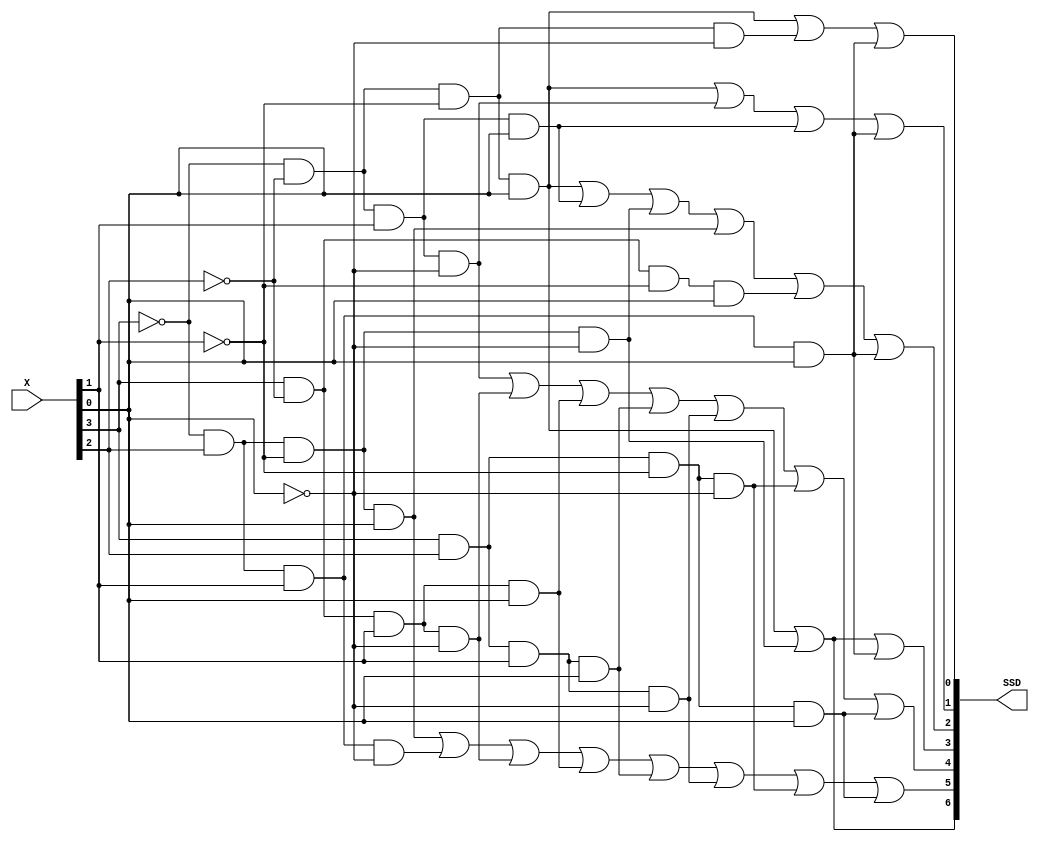
module b2d_7seg (X,SSD);
input [3:0] X;
output [0:6] SSD;
assign SSD[0] = ((~X[3] & ~X[2] & ~X[1] & X[0]) | (~X[3] & X[2] & ~X[1] & ~X[0]));
assign SSD[1] = ((~X[3] & X[2] & ~X[1] & X[0]) | (~X[3] & X[2] & X[1] & ~X[0]) | (X[3] & ~X[2] & X[1] & ~X[0]) | (X[3] & ~X[2] & X[1] & X[0]) | (X[3] & X[2] & X[1] & X[0]) | (X[3] & X[2] & X[1] & ~X[0]) | (X[3] & X[2] & ~X[1] & ~X[0]) | (X[3] & X[2] & ~X[1] & X[0]));
assign SSD[2] = ((~X[3] & ~X[2] & X[1] & ~X[0]) | (X[3] & ~X[2] & X[1] & ~X[0]) | (X[3] & ~X[2] & X[1] & X[0]) | (X[3] & X[2] & X[1] & X[0]) | (X[3] & X[2] & X[1] & ~X[0]) | (X[3] & X[2] & ~X[1] & ~X[0]) | (X[3] & X[2] & ~X[1] & X[0]));
assign SSD[3] = ((~X[3] & ~X[2] & ~X[1] & X[0]) | (~X[3] & X[2] & ~X[1] & ~X[0]) | (~X[3] & X[2] & X[1] & X[0]));
assign SSD[4] = ((~X[3] & ~X[2] & ~X[1] & X[0]) | (~X[3] & ~X[2] & X[1] & X[0]) | (~X[3] & X[2] & ~X[1] & ~X[0]) | (~X[3] & X[2] & ~X[1] & X[0]) | (X[3] & ~X[2] & ~X[1] & X[0]) | (~X[3] & X[2] & X[1] & X[0]));
assign SSD[5] = ((~X[3] & ~X[2] & ~X[1] & X[0]) | (~X[3] & ~X[2] & X[1] & ~X[0]) | (~X[3] & ~X[2] & X[1] & X[0]) | (~X[3] & X[2] & X[1] & X[0]));
assign SSD[6] = ((~X[3] & ~X[2] & ~X[1] & X[0]) | (~X[3] & ~X[2] & ~X[1] & ~X[0]) | (~X[3] & X[2] & X[1] & X[0]));
endmodule